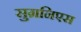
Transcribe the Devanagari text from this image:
सुग्रनिएस